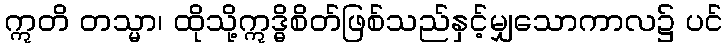
ဣတိ တသ္မာ၊ ထိုသို့ဣဒ္ဓိစိတ်ဖြစ်သည်နှင့်မျှသောကာလ၌ ပင်